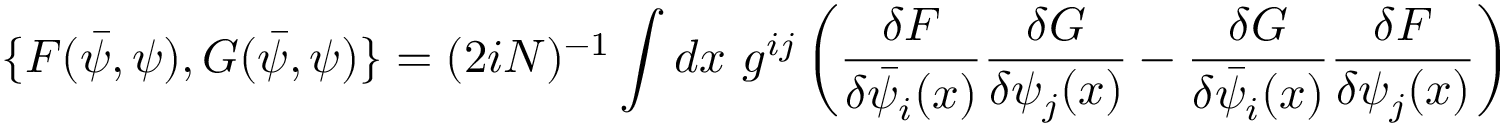
\{ F ( \bar { \psi } , \psi ) , G ( \bar { \psi } , \psi ) \} = ( 2 i N ) ^ { - 1 } \int d x ~ g ^ { i j } \left( \frac { \delta F } { \delta \bar { \psi } _ { i } ( x ) } \frac { \delta G } { \delta \psi _ { j } ( x ) } - \frac { \delta G } { \delta \bar { \psi } _ { i } ( x ) } \frac { \delta F } { \delta \psi _ { j } ( x ) } \right)